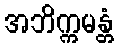
အဘိက္ကမန္တံ